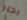
بحار